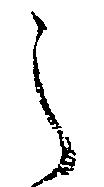
之